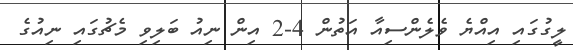
ލީގުގައި އިއްޔެ ވެލެންސިއާ އަތުން 4-2 އިން ނިއު ބަލިވި މެޗުގައި ނިއުގެ